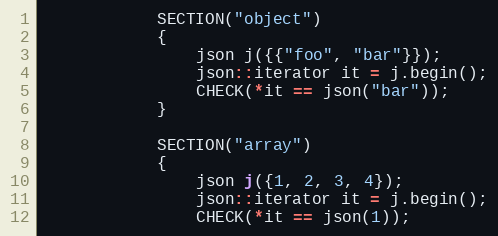
Language: C++
            SECTION("object")
            {
                json j({{"foo", "bar"}});
                json::iterator it = j.begin();
                CHECK(*it == json("bar"));
            }

            SECTION("array")
            {
                json j({1, 2, 3, 4});
                json::iterator it = j.begin();
                CHECK(*it == json(1));